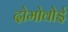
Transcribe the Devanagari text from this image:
दोमोवोई